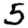
Digit: 5